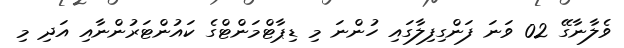
ވެލާނާގޭ 02 ވަނަ ފަންގިފިލާގައި ހުންނަ މި ޑިޕާޓްމަންޓްގެ ކައުންޓަރުންނާއި އަދި މި